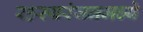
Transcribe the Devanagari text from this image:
रहस्यरंजनमध्ये